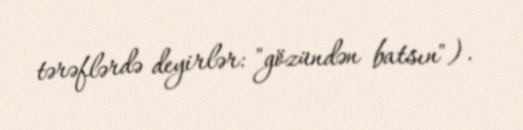
tərəflərdə deyirlər: "gözündən batsın").